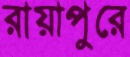
রায়াপুরে